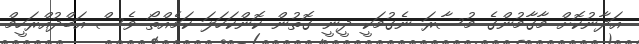
އަދާނުކޮށް މާގާމުންގެ މުސާރަ ނެގުމަކީ ދީނީ ގޮތުން ކޮންކަހަލަ ކަމެއްތޯ ވެސް އަބްދުއްރަހީމް